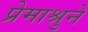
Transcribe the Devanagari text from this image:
प्रेमाश्रुने